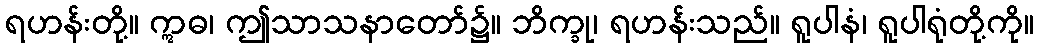
ရဟန်းတို့။ ဣဓ၊ ဤသာသနာတော်၌။ ဘိက္ခု၊ ရဟန်းသည်။ ရူပါနံ၊ ရူပါရုံတို့ကို။